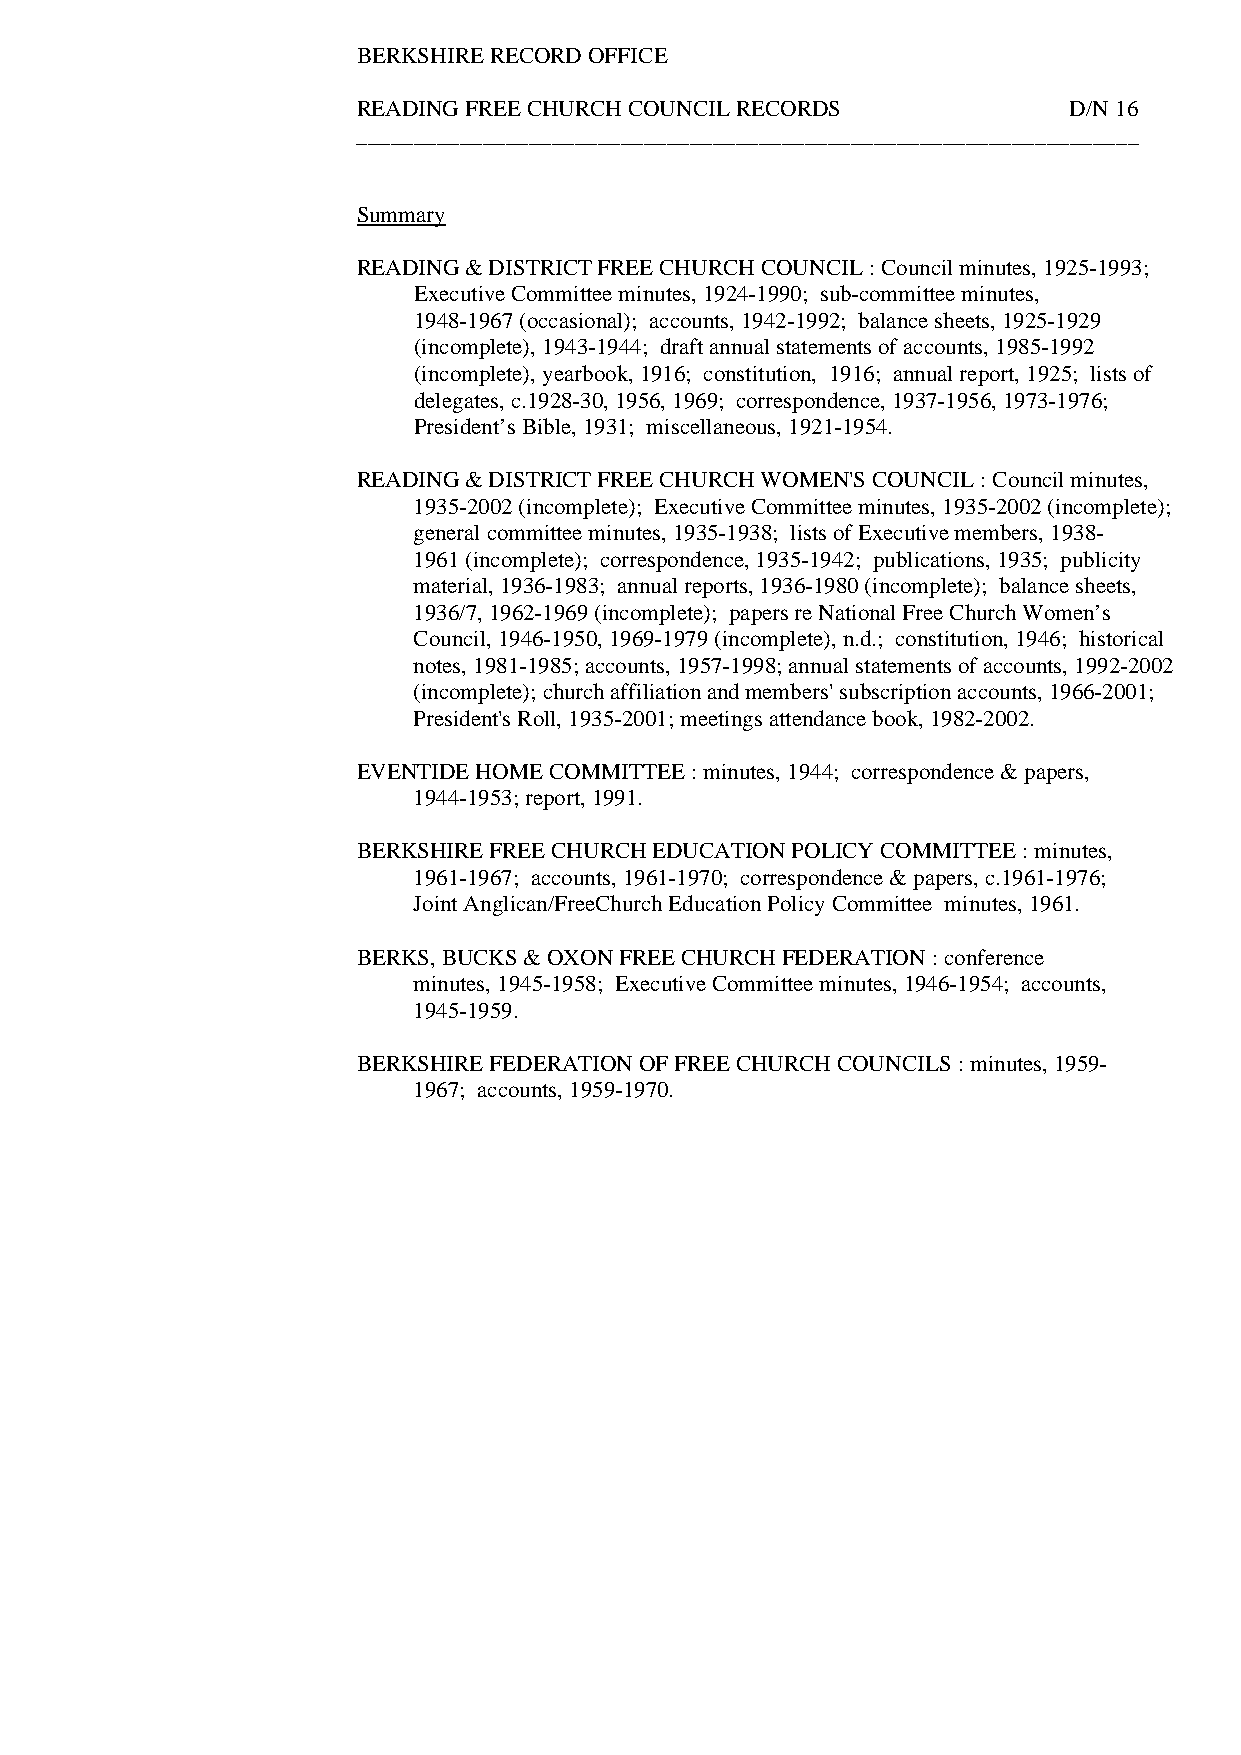
BERKSHIRE RECORD OFFICE
 READING FREE CHURCH COUNCIL RECORDS            D/N 16
 ____________________________________________________________________
 Summary
 READING & DISTRICT FREE CHURCH COUNCIL : Council minutes, 1925-1993;
 Executive Committee minutes, 1924-1990; sub-committee minutes,
 1948-1967 (occasional); accounts, 1942-1992; balance sheets, 1925-1929
 (incomplete), 1943-1944; draft annual statements of accounts, 1985-1992
 (incomplete), yearbook, 1916; constitution, 1916; annual report, 1925; lists of
 delegates, c.1928-30, 1956, 1969; correspondence, 1937-1956, 1973-1976;
 President’s Bible, 1931; miscellaneous, 1921-1954.
 READING & DISTRICT FREE CHURCH WOMEN'S COUNCIL : Council minutes,
 1935-2002 (incomplete); Executive Committee minutes, 1935-2002 (incomplete);
 general committee minutes, 1935-1938; lists of Executive members, 1938-
 1961 (incomplete); correspondence, 1935-1942; publications, 1935; publicity
 material, 1936-1983; annual reports, 1936-1980 (incomplete); balance sheets,
 1936/7, 1962-1969 (incomplete); papers re National Free Church Women’s
 Council, 1946-1950, 1969-1979 (incomplete), n.d.; constitution, 1946; historical
 notes, 1981-1985; accounts, 1957-1998; annual statements of accounts, 1992-2002
 (incomplete); church affiliation and members' subscription accounts, 1966-2001;
 President's Roll, 1935-2001; meetings attendance book, 1982-2002.
 EVENTIDE HOME COMMITTEE : minutes, 1944; correspondence & papers,
 1944-1953; report, 1991.
 BERKSHIRE FREE CHURCH EDUCATION POLICY COMMITTEE : minutes,
 1961-1967; accounts, 1961-1970; correspondence & papers, c.1961-1976;
 Joint Anglican/FreeChurch Education Policy Committee minutes, 1961.
 BERKS, BUCKS & OXON FREE CHURCH FEDERATION : conference
 minutes, 1945-1958; Executive Committee minutes, 1946-1954; accounts,
 1945-1959.
 BERKSHIRE FEDERATION OF FREE CHURCH COUNCILS : minutes, 1959-
 1967; accounts, 1959-1970.